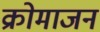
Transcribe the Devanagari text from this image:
क्रोमाजन